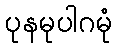
ပုနမုပါဂမုံ